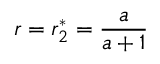
r = r _ { 2 } ^ { * } = \frac { a } { a + 1 }